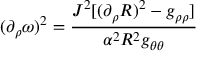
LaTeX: ( \partial _ { \rho } \omega ) ^ { 2 } = \frac { J ^ { 2 } [ ( \partial _ { \rho } R ) ^ { 2 } - g _ { \rho \rho } ] } { \alpha ^ { 2 } R ^ { 2 } g _ { \theta \theta } }